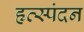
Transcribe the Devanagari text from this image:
हृत्स्पंदन